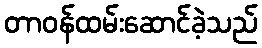
တာဝန်ထမ်းဆောင်ခဲ့သည်